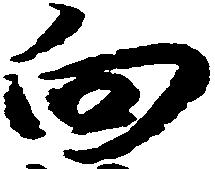
向